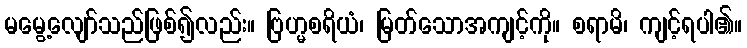
မမွေ့လျော်သည်ဖြစ်၍လည်း။ ဗြဟ္မစရိယံ၊ မြတ်သောအကျင့်ကို။ စရာမိ၊ ကျင့်ရပါ၏။